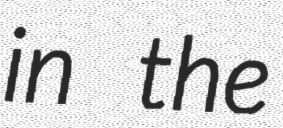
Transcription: in the